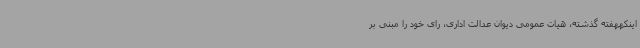
اینکههفته گذشته، هیات عمومی دیوان عدالت اداری، رای خود را مبنی بر